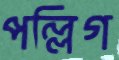
পল্লিগ